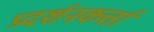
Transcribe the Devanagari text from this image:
प्रदर्शनकर्त्ता